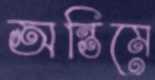
অন্তিমে